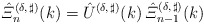
\begin{align*}\hat{\varXi}^{(\delta,\,\sharp)}_n(k) = \hat{U}^{(\delta,\,\sharp)}(k)\,\hat{\varXi}^{(\delta,\,\sharp)}_{n-1}(k) \end{align*}